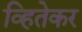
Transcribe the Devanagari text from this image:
व्हितेकर